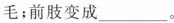
毛；前肢变成___。